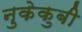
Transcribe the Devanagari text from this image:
नुकेकुबी